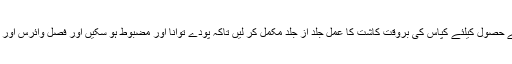
انہوںنے کہا کہ کاشتکاروں کو چاہیے کہ وہ زیادہ پیداوار کے حصول کیلئے کپاس کی بروقت کاشت کا عمل جلد از جلد مکمل کر لیں تاکہ پودے توانا اور مضبوط ہو سکیں اور فصل وائرس اور کیڑوں کا مقابلہ کرنے کی بھی صلاحیت کی حامل بن سکے۔